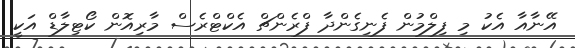
އޭނާއާ އެކު މި ފިލްމުން ފެނިގެންދާ ފްރެންޗް އެކްޓްރެސް މާރިއޮން ކޯޓިލާޑް އަކީ